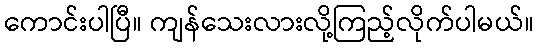
ကောင်းပါပြီ။ ကျန်သေးလားလို့ကြည့်လိုက်ပါမယ်။